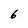
Character: 6